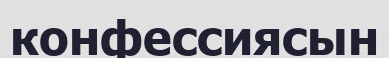
конфессиясын